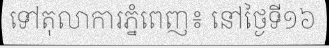
ទៅតុលាការភ្នំពេញ៖ នៅថ្ងៃទី១៦